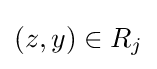
(z,y)\in R_{j}